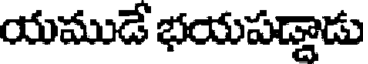
యముడే భయపడ్డాడు